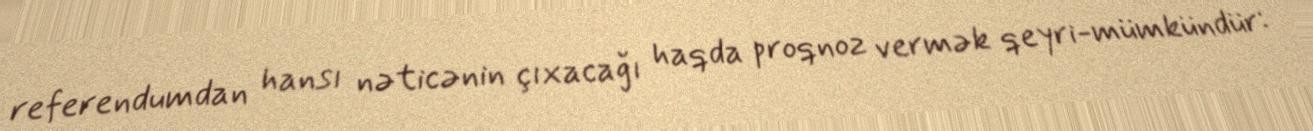
referendumdan hansı nəticənin çıxacağı haqda proqnoz vermək qeyri-mümkündür: